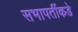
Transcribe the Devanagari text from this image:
सभापतींकडे